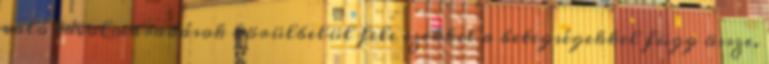
való távolmaradások körülbelül fele ezekkel a betegségekkel függ össze.